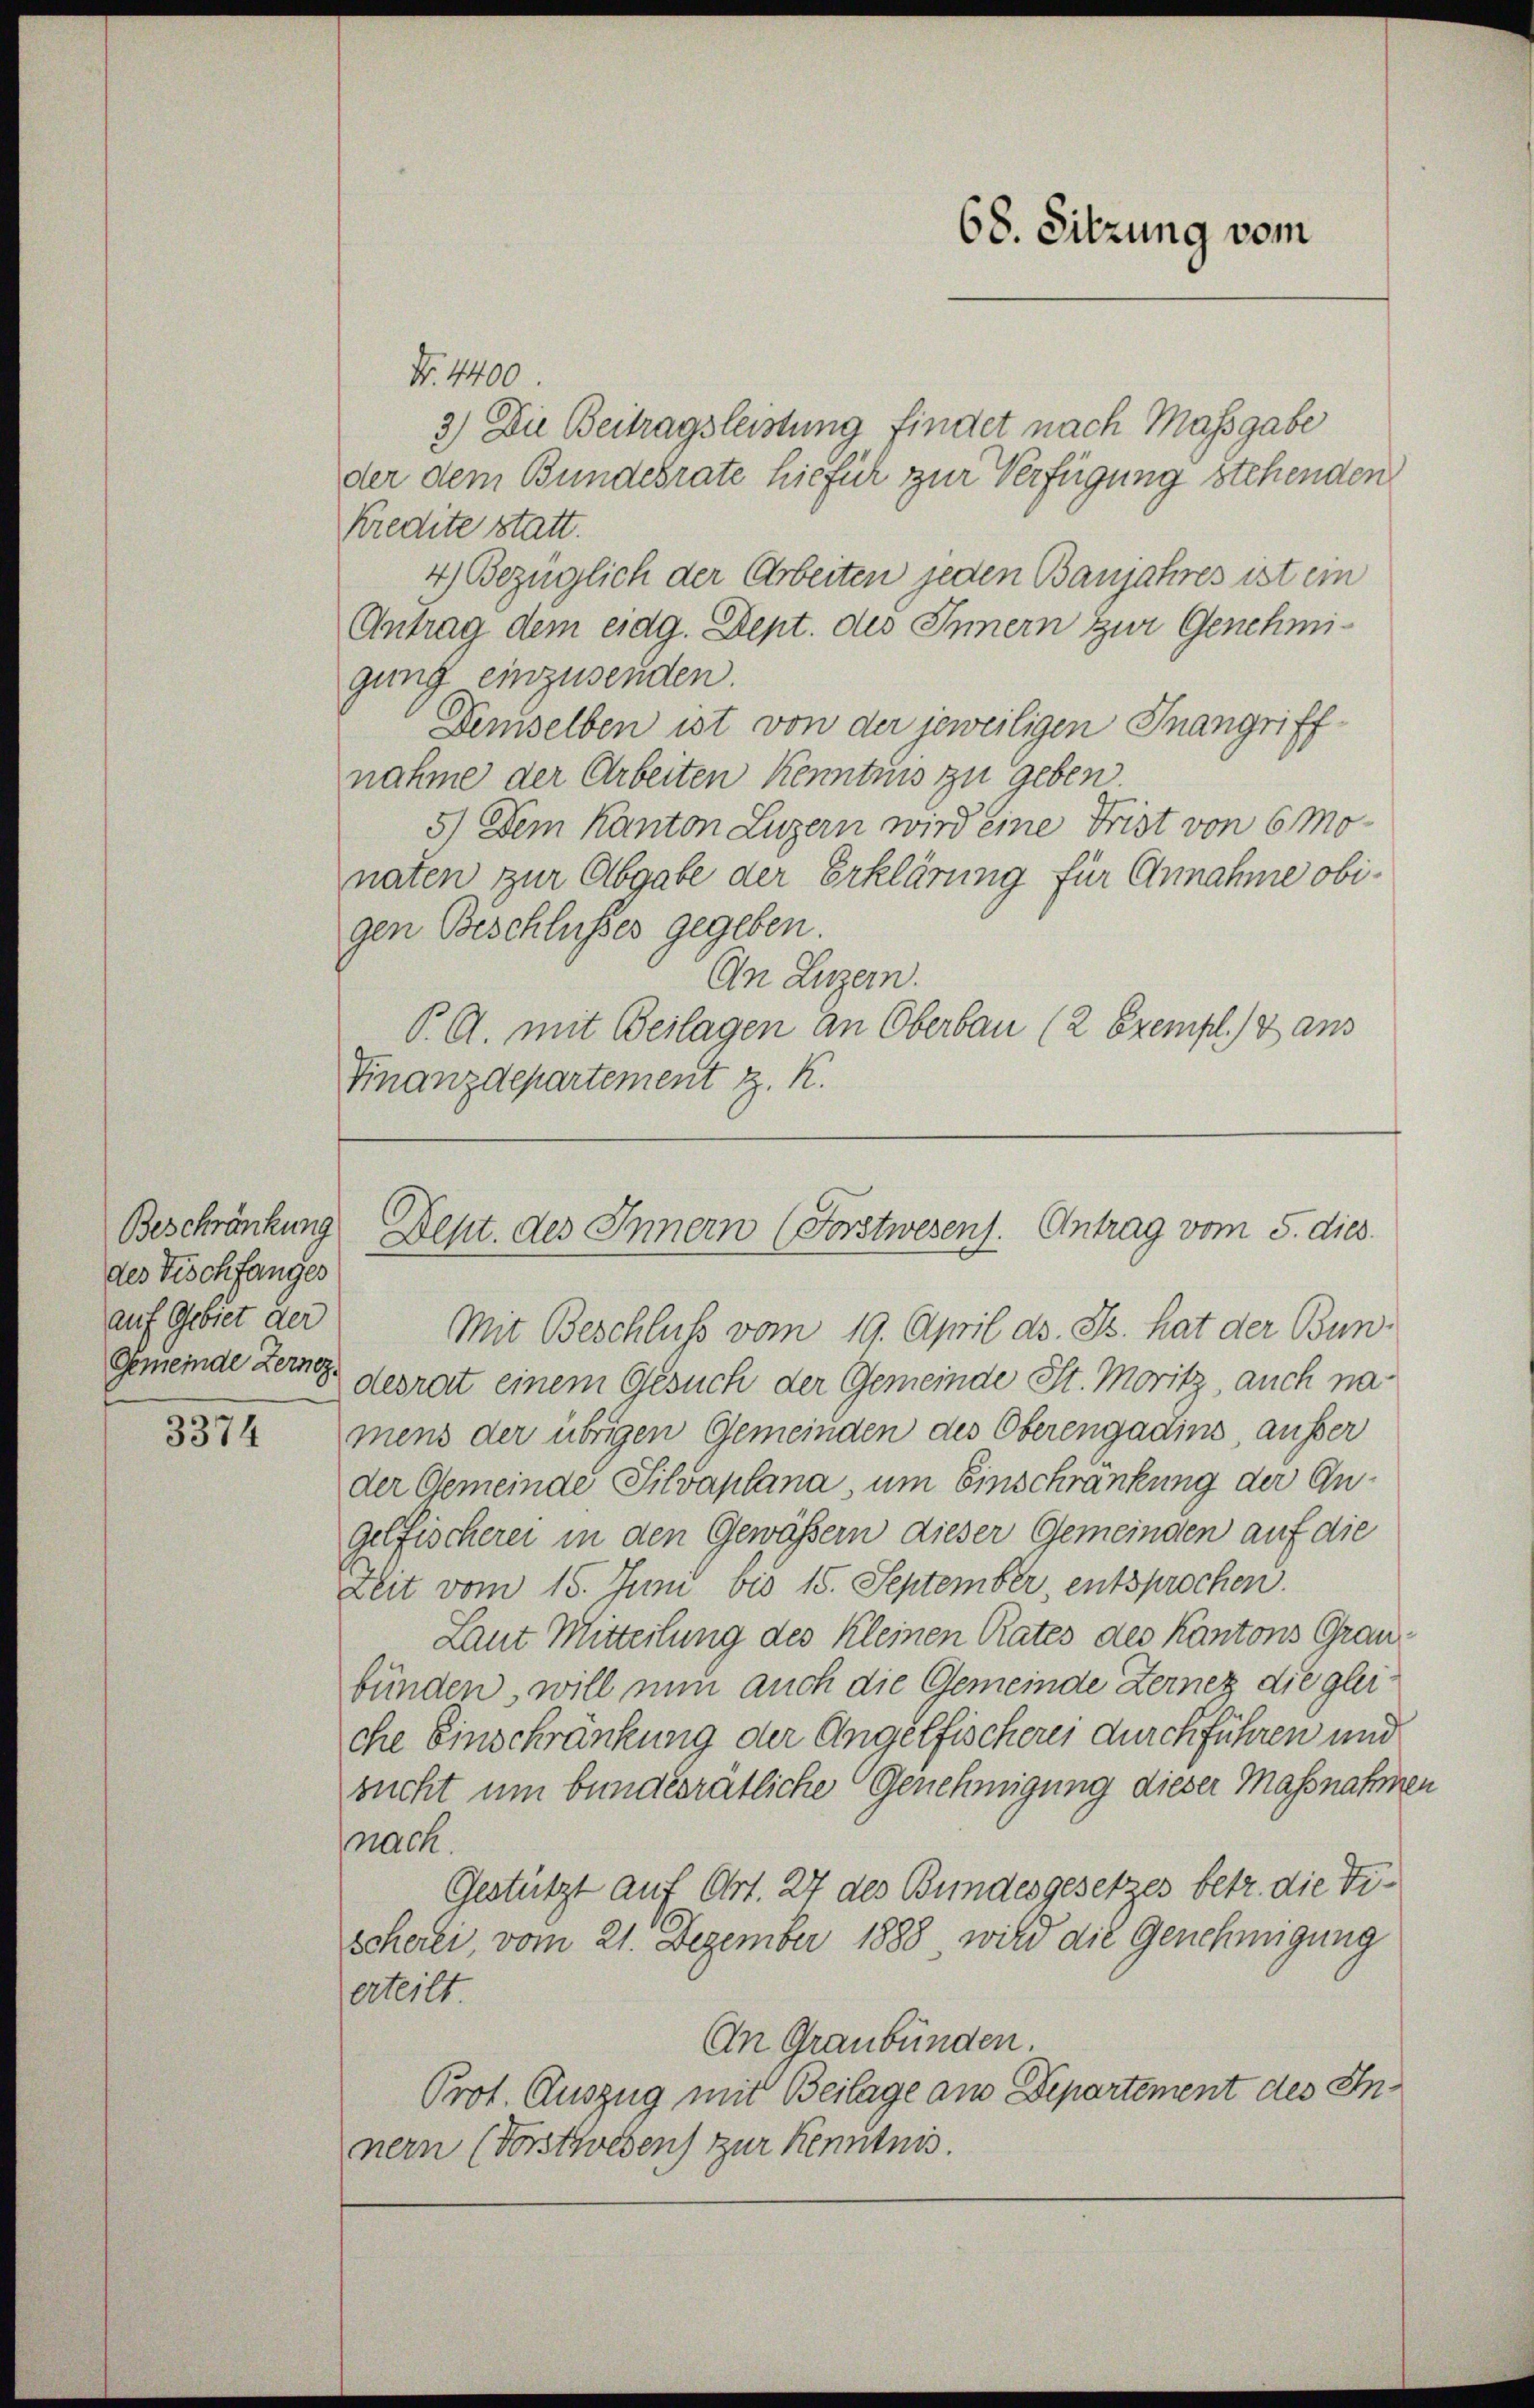
Beschränkung
des Tischfanges
auf Gebiet der
Gemeinde Lernez.

3374

Nr. 4400
2) Die Beitragsleistung findet nach Massgabe
der dem Bundesrate hiefür zur Verfügung stehenden
Kredite statt.
4) Bezüglich der Arbeiten jeden Banjahres ist ein
Antrag dem eidg. Dept. des Innern zur Genehmigung einzusenden.
Demselben ist von der jeweiligen Inangriffnahme der Arbeiten Kenntnis zu geben.
5) Dem Kanton Luzern wird eine Frist von 6 Monaten zur Abgabe der Erklärung für Annahme obigen Beschlusses gegeben
An Luzern.
P. G. mit Beilagen an Oberbau (2 Exempl. aus
Finanzdepartement z. K.

Mit Beschluss vom 19. April d. Js. hat der Bundesrat einem Gesuch der Gemeinde St. Moritz, auch namens der übrigen Gemeinden des Oberengadins ausser
der Gemeinde Silvaplana, um Einschränkung der Angelfischerer in den Gewässern dieser Gemeinden auf die
Zeit vom 15. Juni bis 15. September, entsprochen.
Laut Mitteilung des Kleinen Rates des Kantons Graubünden, will nun auch die Gemeinde Zerner die gleiche Einschränkung der Angelfischerei durchführen und
sucht um bundesratliche Genehmigung dieser Massnahmen
nach.
Gestützt auf Art. 27 des Bundesgesetzes betr. die Tischerli, vom 21. Dezember 1888 wird die Genehmigung
erteilt
An Graubünden.
Prot. Auszug mit Beilage am Departement des Innern (Vorstwesen zur Kenntnis.

68. Sitzung vom

Dept. des Innern (Forstwesens. Antrag vom 5. dies